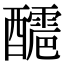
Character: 𨣬